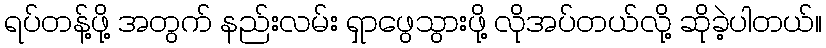
ရပ်တန့်ဖို့ အတွက် နည်းလမ်း ရှာဖွေသွားဖို့ လိုအပ်တယ်လို့ ဆိုခဲ့ပါတယ်။